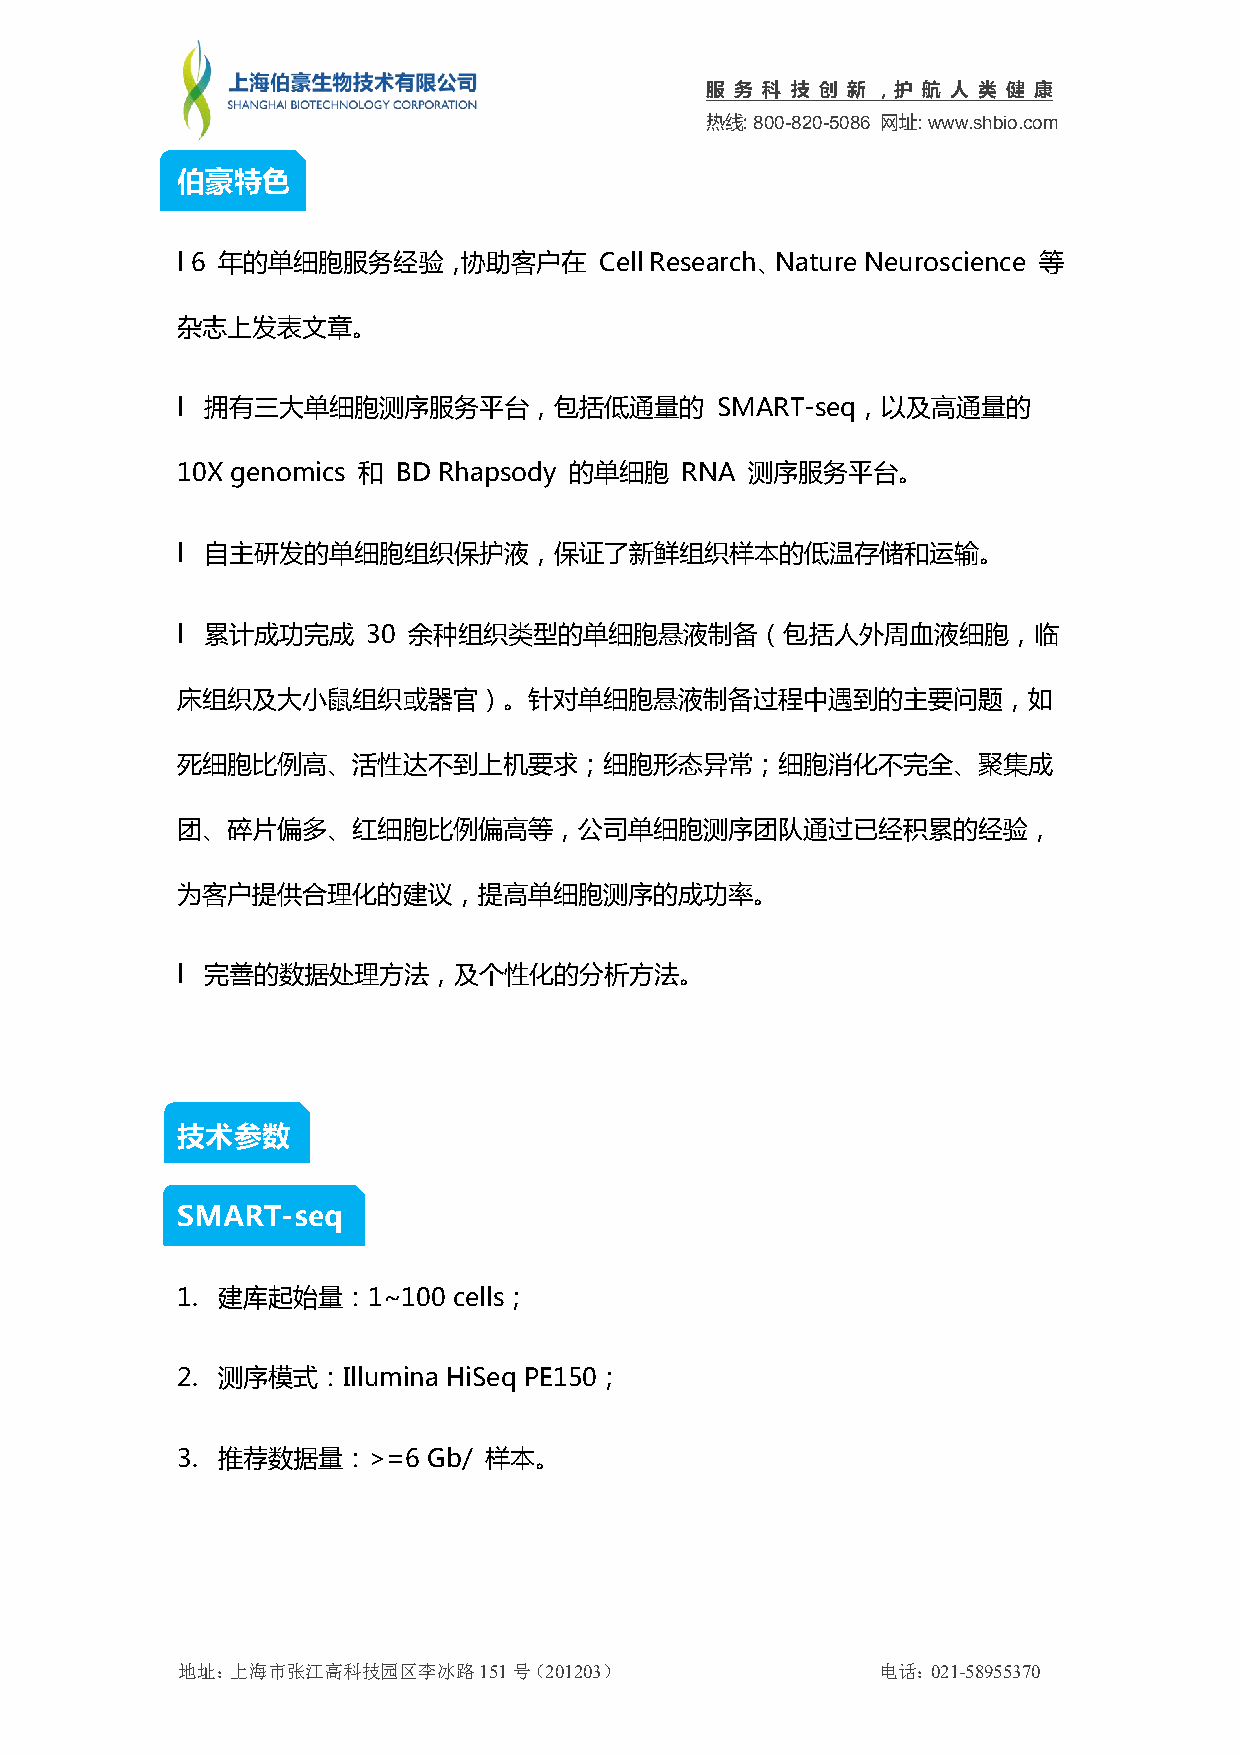
服 务 科 技 创 新 ，护 航 人 类 健 康
 热线:800-820-5086 网址:www.shbio.com
 伯豪特色
 l 6 年的单细胞服务经验，协助客户在         CellResearch、Nature Neuroscience 等
 杂志上发表文章。
 l 拥有三大单细胞测序服务平台，包括低通量的             SMART-seq，以及高通量的
 10X genomics 和 BD Rhapsody 的单细胞  RNA  测序服务平台。
 l 自主研发的单细胞组织保护液，保证了新鲜组织样本的低温存储和运输。
 l 累计成功完成    30 余种组织类型的单细胞悬液制备（包括人外周血液细胞，临
 床组织及大小鼠组织或器官）。针对单细胞悬液制备过程中遇到的主要问题，如
 死细胞比例高、活性达不到上机要求；细胞形态异常；细胞消化不完全、聚集成
 团、碎片偏多、红细胞比例偏高等，公司单细胞测序团队通过已经积累的经验，
 为客户提供合理化的建议，提高单细胞测序的成功率。
 l 完善的数据处理方法，及个性化的分析方法。
 技术参数
 SMART-seq
 1. 建库起始量：1~100    cells；
 2. 测序模式：Illumina HiSeq PE150；
 3. 推荐数据量：>=6    Gb/ 样本。
 地址：上海市张江高科技园区李冰路151号（201203）                  电话：021-58955370